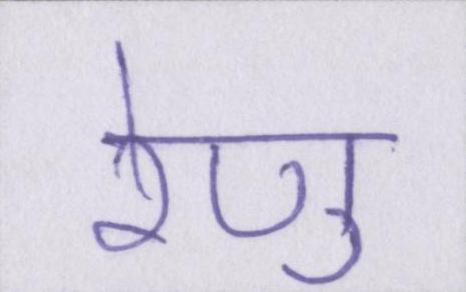
रेणु